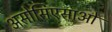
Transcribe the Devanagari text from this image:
असोसिएसाओ